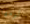
لومها